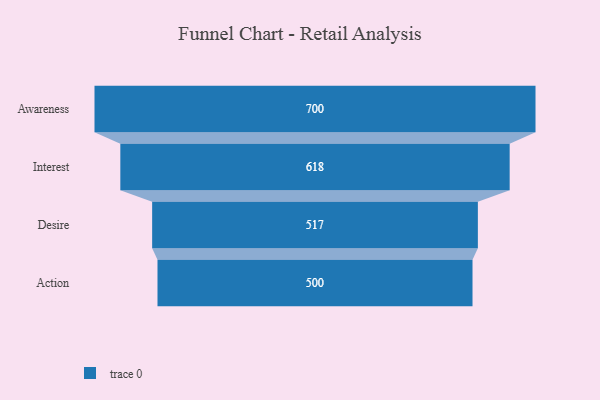
{"axis": {"x": "Stage", "y": "Value"}, "legend": [""], "data": [{"x": "Awareness", "y": 700.0, "type": ""}, {"x": "Interest", "y": 618.0, "type": ""}, {"x": "Desire", "y": 517.0, "type": ""}, {"x": "Action", "y": 500, "type": ""}]}